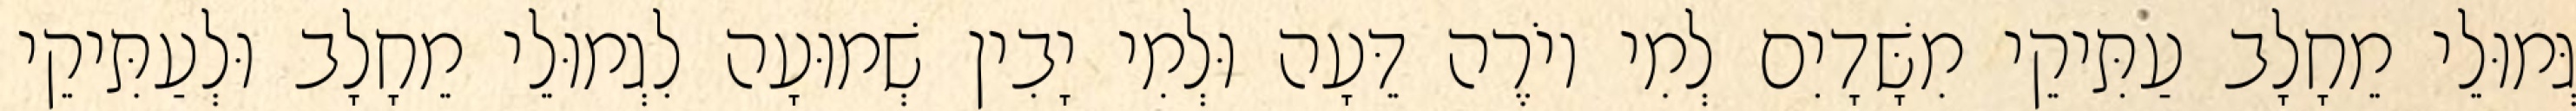
גְּמוּלֵי מֵחָלָב עַתִּיקֵי מִשָּׁדָיִם לְמִי יוֹרֶה דֵּעָה וּלְמִי יָבִין שְׁמוּעָה לִגְמוּלֵי מֵחָלָב וּלְעַתִּיקֵי